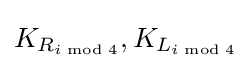
K_{R_{i{\bmod {4}}}},K_{L_{i{\bmod {4}}}}